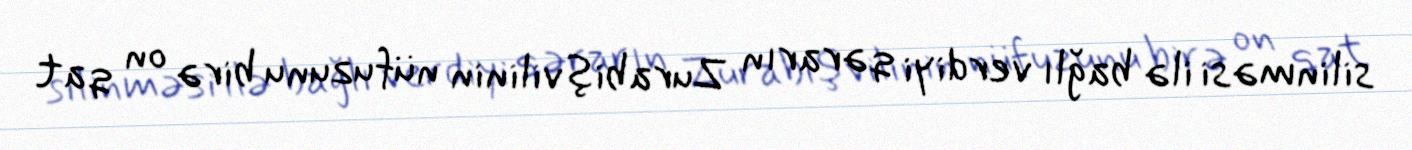
silinməsi ilə bağlı verdiyi qərarın Zurabişvilinin nüfuzunu birə on qat